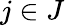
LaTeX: j\in J